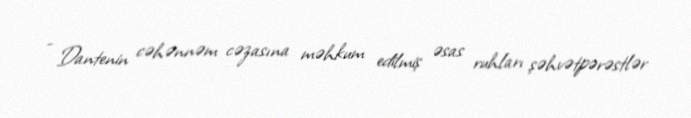
- Dantenin cəhənnəm cəzasına məhkum edilmiş əsas ruhları şəhvətpərəstlər